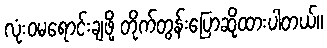
လုံးဝမရောင်းချဖို့ တိုက်တွန်းပြောဆိုထားပါတယ်။